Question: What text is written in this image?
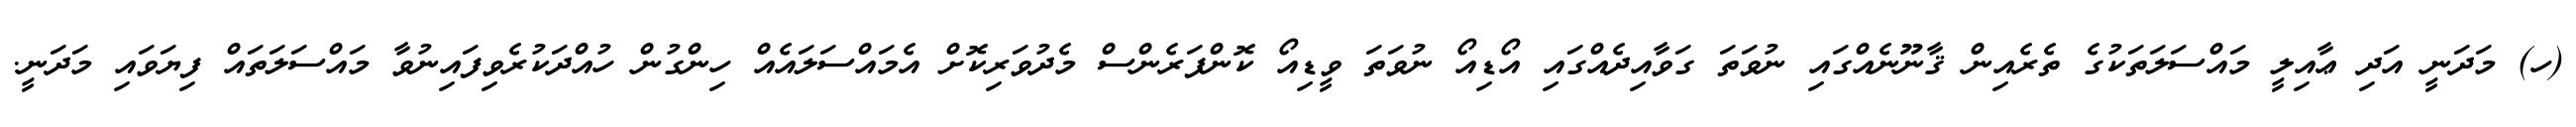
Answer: (ހ) މަދަނީ އަދި ޢާއިލީ މައްސަލަތަކުގެ ތެރެއިން ޤާނޫނެއްގައި ނުވަތަ ގަވާއިދެއްގައި އޯޑިއޯ ނުވަތަ ވީޑިއޯ ކޮންފަރެންސް މެދުވަރިކޮށް އެމައްސަލައެއް ހިންގުން ހުއްދަކުރެވިފައިނުވާ މައްސަލަތައް ފިޔަވައި މަދަނީ.